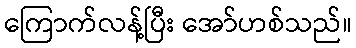
ကြောက်လန့်ပြီး အော်ဟစ်သည်။